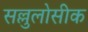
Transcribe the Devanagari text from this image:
सल्लुलोसीक